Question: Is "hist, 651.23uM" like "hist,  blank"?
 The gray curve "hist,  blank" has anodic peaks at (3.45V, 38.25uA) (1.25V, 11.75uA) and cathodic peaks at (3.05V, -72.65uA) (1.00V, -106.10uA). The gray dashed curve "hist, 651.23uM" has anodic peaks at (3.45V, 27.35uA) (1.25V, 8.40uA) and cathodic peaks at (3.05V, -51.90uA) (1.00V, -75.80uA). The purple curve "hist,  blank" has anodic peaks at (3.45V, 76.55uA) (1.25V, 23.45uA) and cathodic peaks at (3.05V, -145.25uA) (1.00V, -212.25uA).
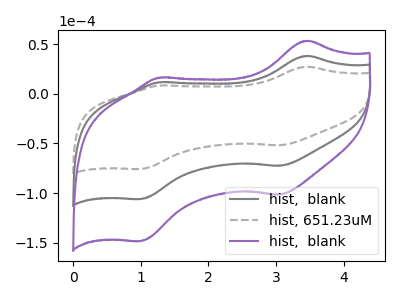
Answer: <think>All the peaks in "hist, 651.23uM" have a peak in "hist,  blank" at the same potential. Every peak in "hist, 651.23uM" is lower than every peak in "hist,  blank".
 </think>
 <answer>"hist, 651.23uM" and "hist,  blank" are similar in shape.</answer>
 <eval>same_shape</eval>